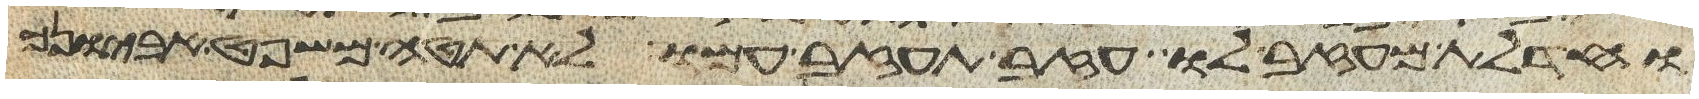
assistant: וחדלת מעזב לו עזב תעזב עמו לא תטה משפט אביונך